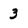
Character: 3